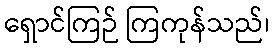
ရှောင်ကြဉ် ကြကုန်သည်၊